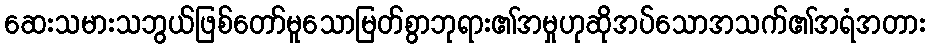
ဆေးသမားသဘွယ်ဖြစ်တော်မူသောမြတ်စွာဘုရား၏အမှုဟုဆိုအပ်သောအသက်၏အရံအတား